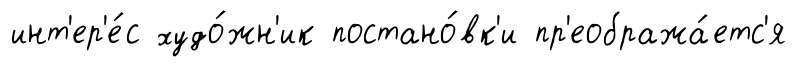
инт'ер'е́с худо́жн'ик постано́вк'и пр'еобража́етс'я